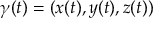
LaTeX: \gamma ( t ) = ( x ( t ) , y ( t ) , z ( t ) )